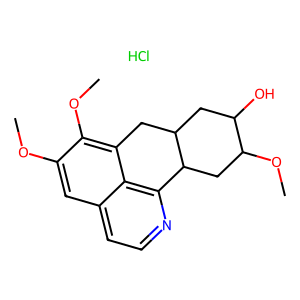
SMILES: COc1cc2ccnc3c2c(c1OC)CC1CC(O)C(OC)CC31.Cl
Inhibits HIV replication: No